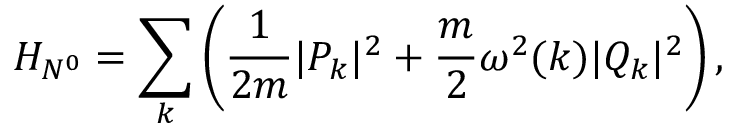
H _ { N ^ { 0 } } = \sum _ { k } \left( \displaystyle \frac { 1 } { 2 m } | P _ { k } | ^ { 2 } + \frac { m } { 2 } \omega ^ { 2 } ( k ) | Q _ { k } | ^ { 2 } \right) ,